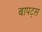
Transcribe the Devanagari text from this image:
बापट्स